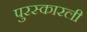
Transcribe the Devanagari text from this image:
पुरस्कारली